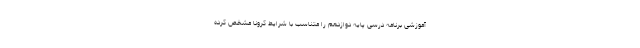
آموزشی برنامه درسی پایه دوازدهم را متناسب با شرایط کرونا مشخص کرده